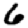
Digit: 6